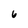
Character: 6